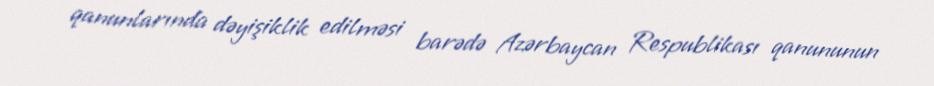
qanunlarında dəyişiklik edilməsi barədə Azərbaycan Respublikası qanununun